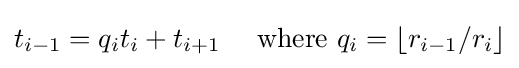
t_{i-1}=q_{i}t_{i}+t_{i+1}\quad {\text{ where }}q_{i}=\lfloor r_{i-1}/r_{i}\rfloor